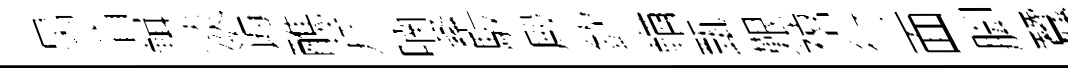
昺盲輯淡诲醮芹喃紊駮殿欽輶甄艱禧衍面脚蠶